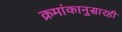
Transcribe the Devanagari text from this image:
क्रमांकानुसारही